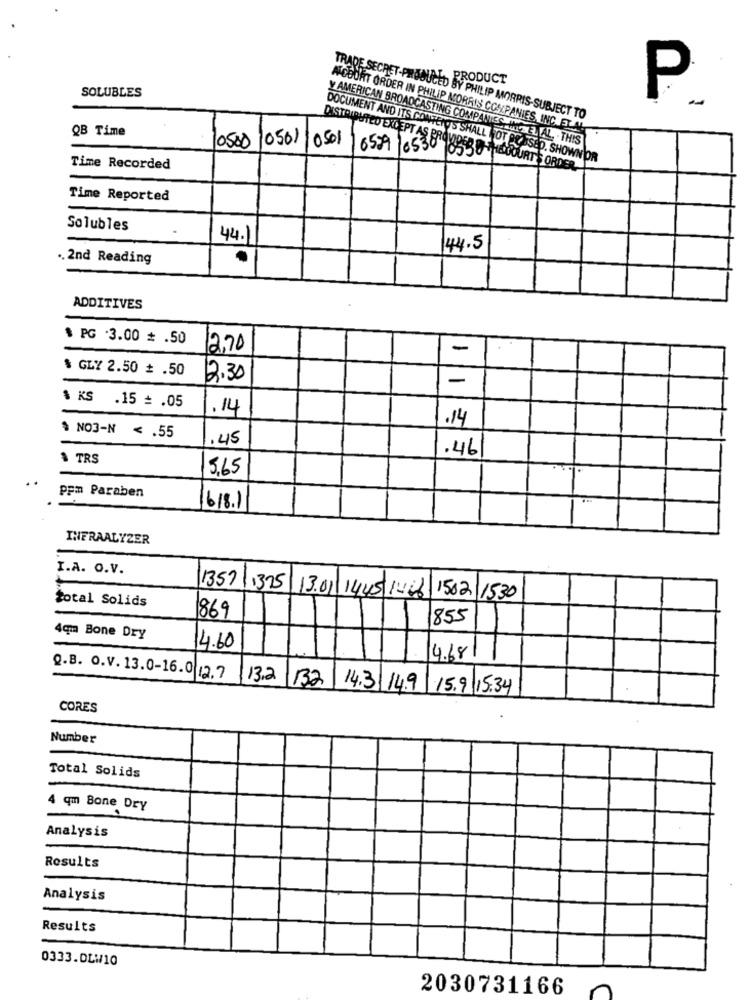
PRODUCT
SOLUBLES
P.
TRADE SECRET-PRODUCED BY PHILIP MORRIS-SUBJECT TO
QB Time
A COURT ORDER IN PHILIP MORRIS COMPANIES, INC. ET AL
0500 10501
0501
AMERICAN BROADCASTING COMPANIES, INTEL AL . THIS
DISTRIBUTED EXCEPT AS PROVIDER
DOCUMENT AND ITS CONTENTS SHALL NOT BE.ASED. SHOWN OR
Time Recorded
6599 10530 |0530 THECOURTS ORDER
Time Reported
Solubles
44.
44.5
.2nd Reading
ADDITIVES
$ PG 3.00 = . 50
12,70
-
$ GLY 2.50 # .50
12.30
-
$ KS .15 = . 05
1.14
.14
$ NO3-N < . 55
.45
.46
1 TRS
5,65
ppm Paraben
1618.1
INFRAALYZER
I.A. O.V.
135711375
13.01 1445 1466
total Solids
1502 1530
869
855
4qm Bone Dry
14.60
4.68
Q.B. O. V. 13.0-16.0 12.7
13.2
132
14.3 14.9 15.9 15.34
CORES
Number
Total Solids
4 qm Bone Dry
Analysis
Results
Analysis
Results
0333.DLW10
2030731166